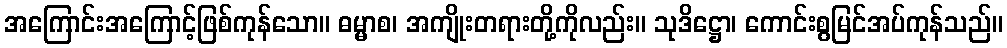
အကြောင်းအကြောင့်ဖြစ်ကုန်သော။ ဓမ္မာစ၊ အကျိုးတရားတို့ကိုလည်း။ သုဒိဋ္ဌော၊ ကောင်းစွမြင်အပ်ကုန်သည်။